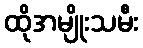
ထိုအမျိုးသမီး